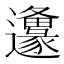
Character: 𨙅